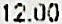
12.00